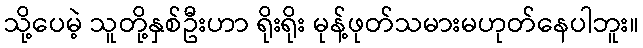
သို့ပေမဲ့ သူတို့နှစ်ဦးဟာ ရိုးရိုး မုန့်ဖုတ်သမားမဟုတ်နေပါဘူး။